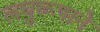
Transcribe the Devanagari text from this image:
लघुरूपाने